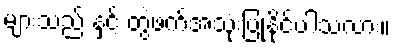
များသည် နှင့် တွဲဖက်အသုံးပြုနိုင်ပါသလား။